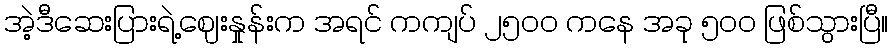
အဲ့ဒီဆေးပြားရဲ့ဈေးနှုန်းက အရင် ကကျပ် ၂၅ဝဝ ကနေ အခု ၅ဝဝ ဖြစ်သွားပြီ။